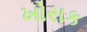
ખોરાક